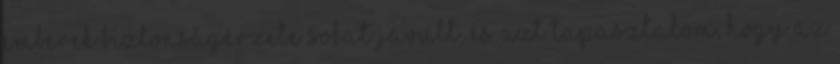
emberek biztonságérzete sokat javult, és azt tapasztalom, hogy az